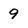
Character: 9